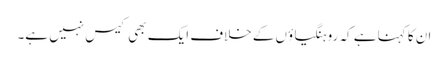
ان کا کہنا ہے کہ روہنگیاؤں کے خلاف ایک بھی کیس نہیں ہے۔